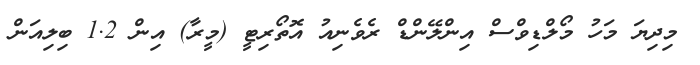
މިދިޔަ މަހު މޯލްޑިވްސް އިންލޭންޑް ރެވެނިއު އޮތޯރިޓީ (މީރާ) އިން 1.2 ބިލިއަން